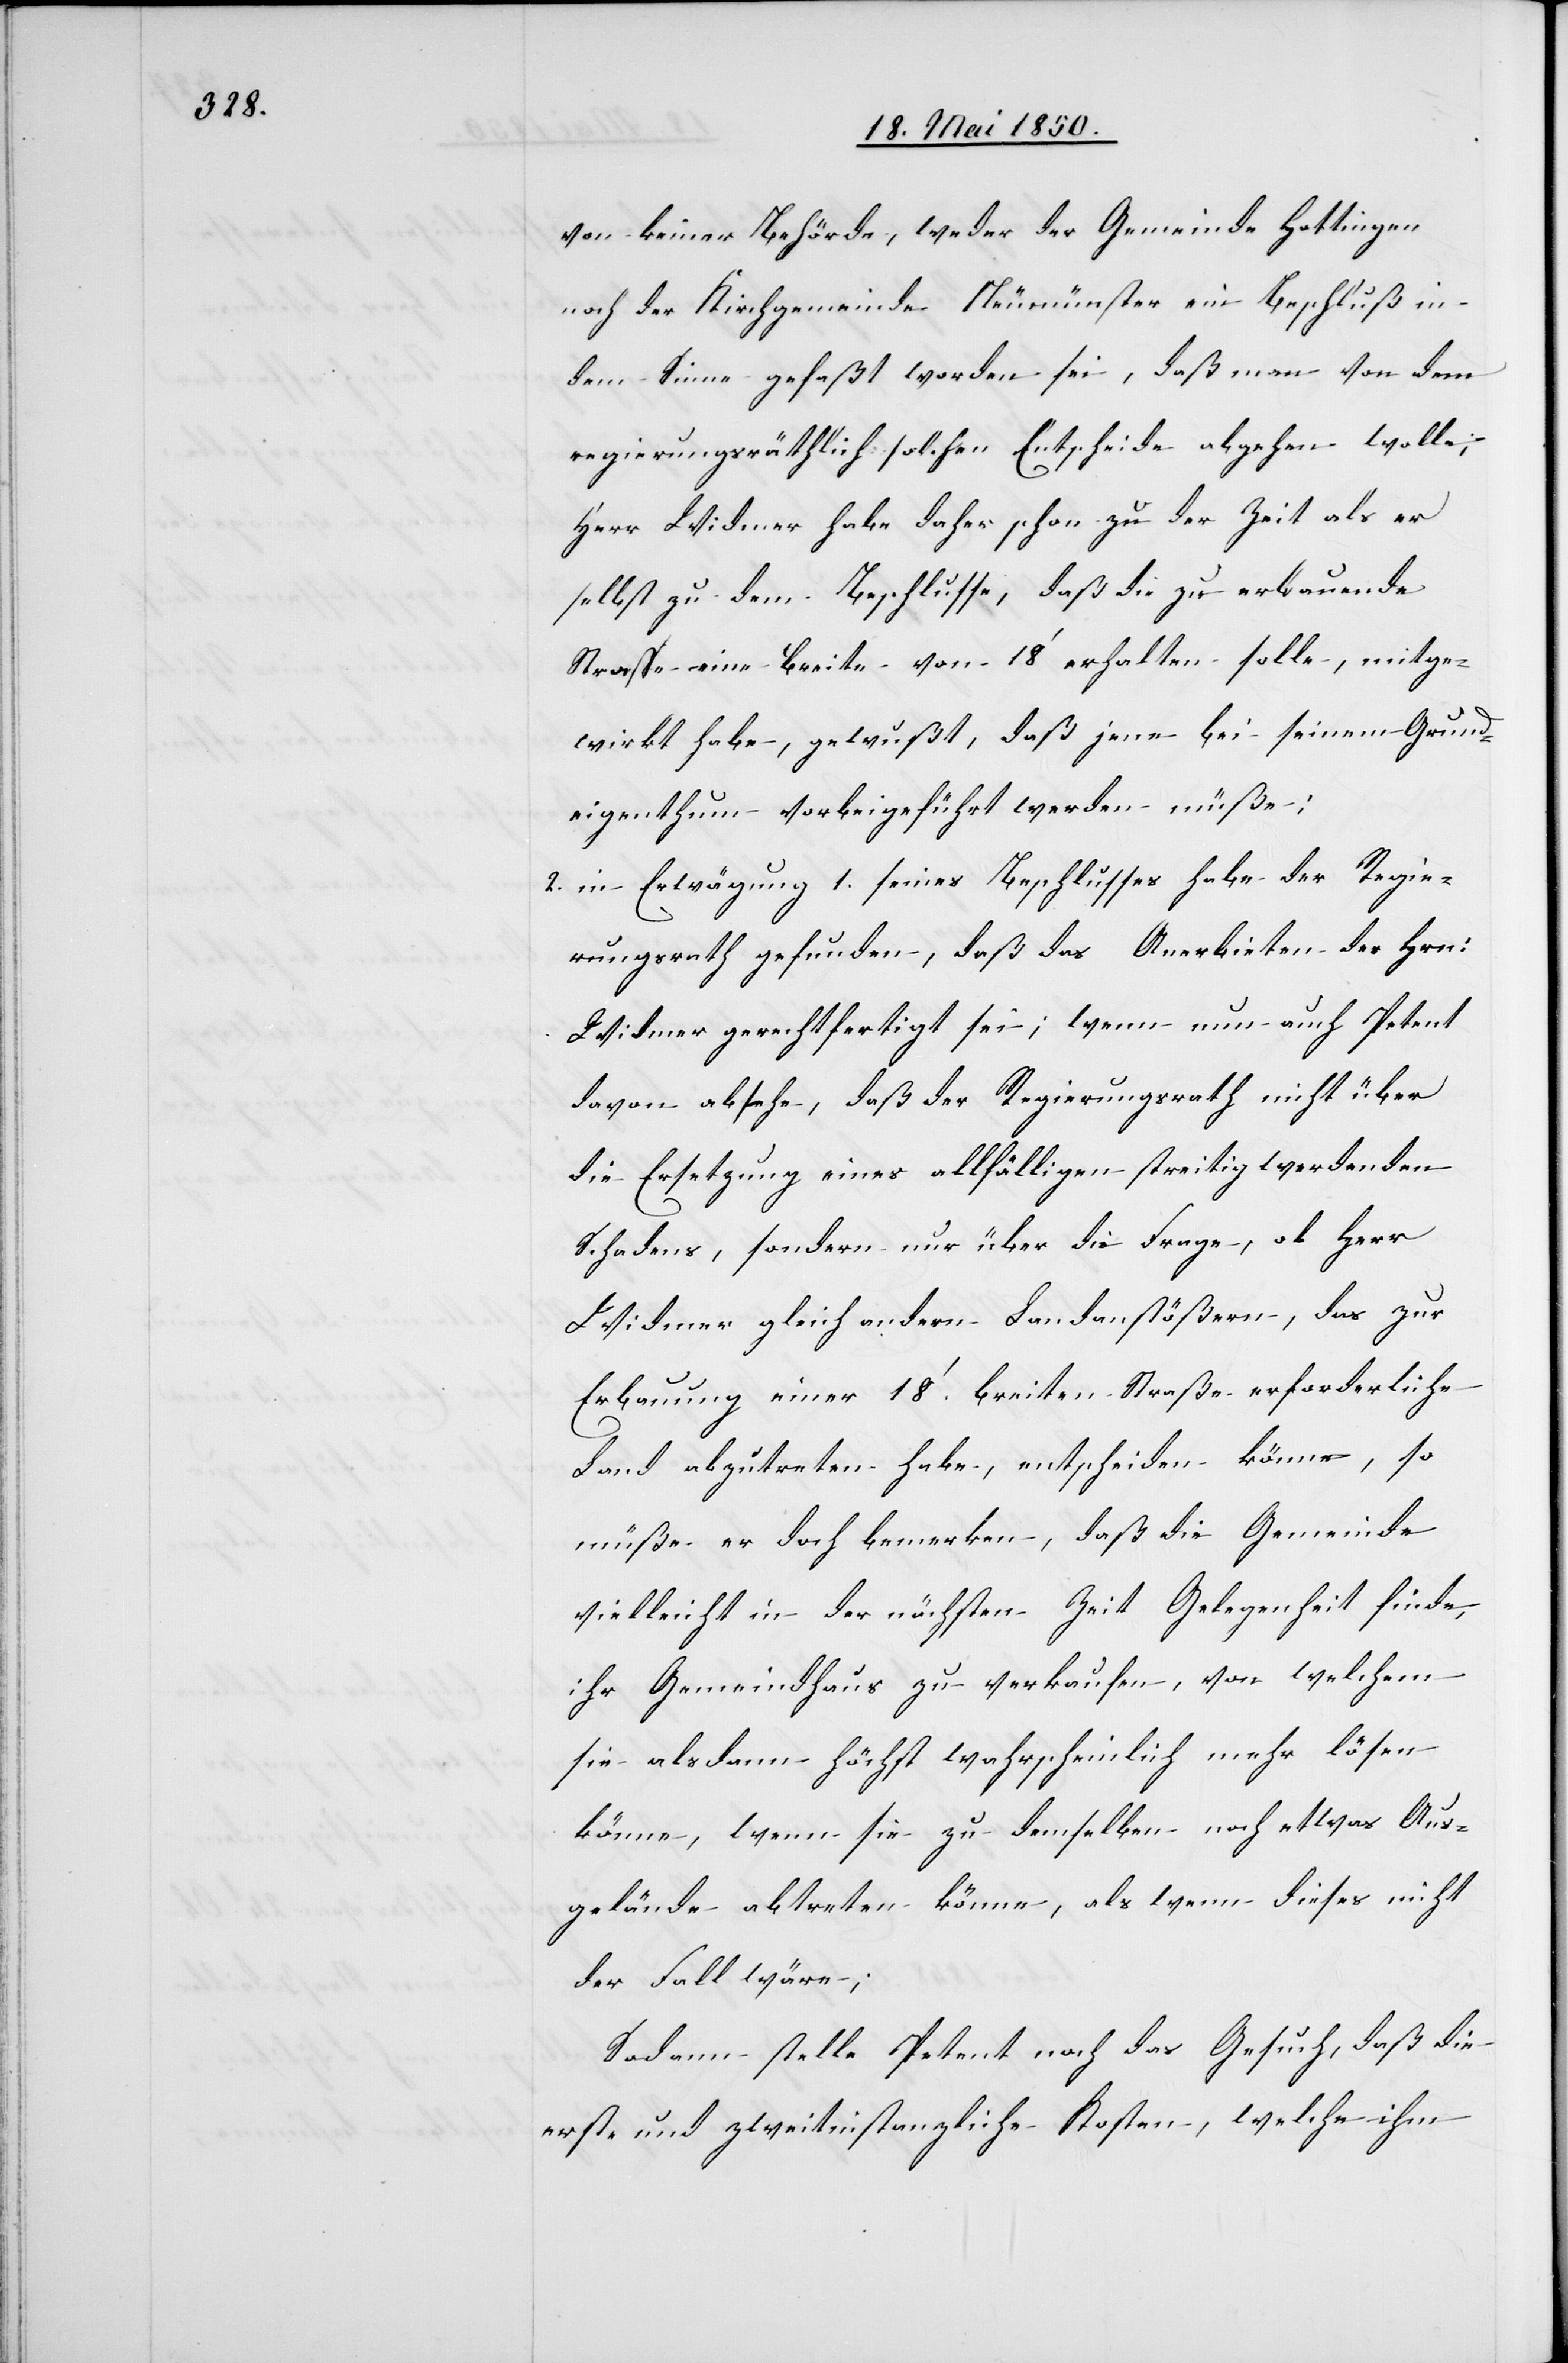
von keiner Behörde, weder der Gemeinde Hottingen
noch der Kirchgemeinde Neumünster ein Beschluß in
dem Sinne gefaßt worden sei, daß man von dem
regierungsräthlich solchen Entscheide abgehen wolle;
Herr Widmer habe daher schon zu der Zeit als er
selbst zu dem Beschlusse, daß die zu erbauende
Strasse eine Breite von 18‘ erhalten solle, mitge¬
wirkt habe, gewußt, daß jene bei seinem Grund¬
eigenthum vorbeigeführt werden müße;
2. in Erwägung 1. seines Beschlusses habe der Regie¬
rungsrath gefunden, daß das Anerbieten des Hrn:
Widmer gerechtfertigt sei; wenn nun auch Petent
davon absehe, daß der Regierungsrath nicht über
die Ersetzung eines allfälligen streitig werdenden
Schadens, sondern nur über die Frage, ob Herr
Widmer gleich andern Landanstößern, das zur
Erbauung einer 18‘. breiten Straße erforderliche
Land abzutreten habe, entscheiden könne, so
müße er doch bemerken, daß die Gemeinde
vielleicht in der nächsten Zeit Gelegenheit finde,
ihr Gemeindhaus zu verkaufen, von welchem
sie alsdann höchst wahrscheinlich mehr lösen
könne, wenn sie zu demselben noch etwas Aus¬
gelände abtreten könne, als wenn dieses nicht
der Fall wäre;
Sodann stelle Petent noch das Gesuch, daß die
erst- und zweitinstanzliche[n] Kosten, welche ihm